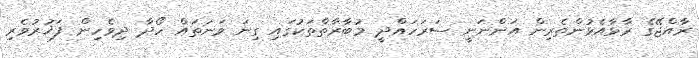
ރާއްޖޭގެ ރާޅާއެޅުންތެރިން އަންނަނީ ސަރަހައްދީ މުބާރާތްތަކުގައި ގިނަ ވަނަތައް ހޯދާ ދިވެހިން ފަޚުރުވެރި